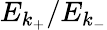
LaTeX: E_{k_{+}}/E_{k_{-}}